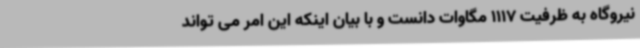
نیروگاه به ظرفیت 1117 مگاوات دانست و با بیان اینکه این امر می تواند